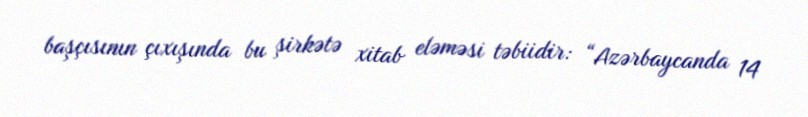
başçısının çıxışında bu şirkətə xitab eləməsi təbiidir: “Azərbaycanda 14